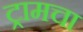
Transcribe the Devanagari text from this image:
ट्रामचा